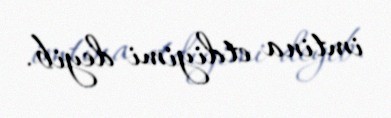
imtina etdiyimi deyib.